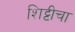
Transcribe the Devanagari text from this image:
शिट्टीचा